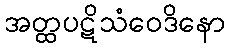
အတ္ထပဋိသံဝေဒိနော